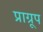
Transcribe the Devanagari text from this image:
प्राग्रूप